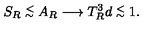
S _ { R } \stackrel { < } { _ \sim } A _ { R } \longrightarrow T _ { R } ^ { 3 } d \stackrel { < } { _ \sim } 1 .